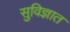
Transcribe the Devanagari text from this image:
सुविज्ञात